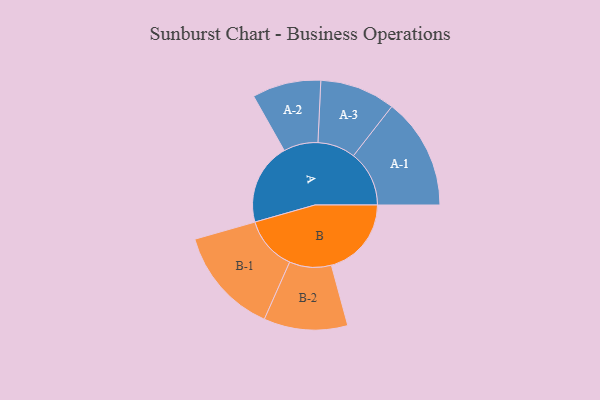
{"axis": {"x": "Segment", "y": "Value"}, "legend": ["", "A", "B"], "data": [{"x": "A", "y": 414, "type": ""}, {"x": "B", "y": 405, "type": ""}, {"x": "A-1", "y": 282, "type": "A"}, {"x": "A-2", "y": 174, "type": "A"}, {"x": "A-3", "y": 191, "type": "A"}, {"x": "B-1", "y": 272, "type": "B"}, {"x": "B-2", "y": 212, "type": "B"}]}